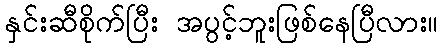
နှင်းဆီစိုက်ပြီး အပွင့်ဘူးဖြစ်နေပြီလား။